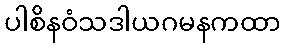
ပါစိနဝံသဒါယဂမနကထာ